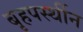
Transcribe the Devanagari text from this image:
बृहपर्स्थीन